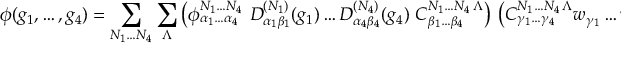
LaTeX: \phi ( g _ { 1 } , \ldots , g _ { 4 } ) = \sum _ { N _ { 1 } \ldots N _ { 4 } } \sum _ { \Lambda } \left( \phi _ { \alpha _ { 1 } \ldots \alpha _ { 4 } } ^ { N _ { 1 } \ldots N _ { 4 } } \ D _ { \alpha _ { 1 } \beta _ { 1 } } ^ { ( N _ { 1 } ) } ( g _ { 1 } ) \ldots D _ { \alpha _ { 4 } \beta _ { 4 } } ^ { ( N _ { 4 } ) } ( g _ { 4 } ) \ C _ { \beta _ { 1 } \ldots \beta _ { 4 } } ^ { N _ { 1 } \ldots N _ { 4 } \, \Lambda } \right) \ \left( { C } _ { \gamma _ { 1 } \ldots \gamma _ { 4 } } ^ { N _ { 1 } \ldots N _ { 4 } \, \Lambda } w _ { \gamma _ { 1 } } \ldots w _ { \gamma _ { 4 } } \right) .